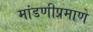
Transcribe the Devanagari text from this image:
मांडणीप्रमाणे